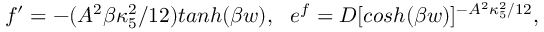
f ^ { \prime } = - ( A ^ { 2 } \beta \kappa _ { 5 } ^ { 2 } / 1 2 ) t a n h ( \beta w ) , ~ ~ e ^ { f } = D [ c o s h ( \beta w ) ] ^ { - A ^ { 2 } \kappa _ { 5 } ^ { 2 } / 1 2 } ,